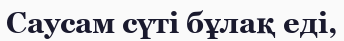
Саусам сүті бұлақ еді,